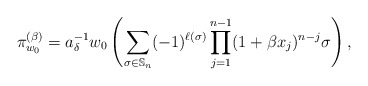
\begin{gather*}\pi_{w_{0}}^{(\beta)}= a_{\delta}^{-1} w_{0} \left( \sum_{\sigma \in {\mathbb{S}}_n}(-1)^{\ell(\sigma)} \prod _{j=1}^{n-1} (1+\beta x_{j})^{n-j} \sigma \right),\end{gather*}